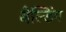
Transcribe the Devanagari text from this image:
बैल्डिंग